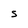
Character: S